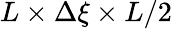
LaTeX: L\times\Delta\xi\times L/2